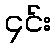
၄င်း